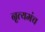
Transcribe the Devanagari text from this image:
नृत्यमंच